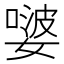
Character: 𭒕